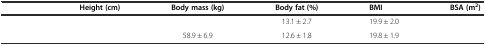
<table><thead><tr><td>[EMPTY_CELL]</td><td><b>Height (cm)</b></td><td><b>Body mass (kg)</b></td><td><b>Body fat (%)</b></td><td><b>BMI</b></td><td><b>BSA (m<sup>2</sup>)</b></td></tr></thead><tbody><tr><td>[EMPTY_CELL]</td><td>[EMPTY_CELL]</td><td>[EMPTY_CELL]</td><td>13.1 ± 2.7</td><td>19.9 ± 2.0</td><td>[EMPTY_CELL]</td></tr><tr><td>[EMPTY_CELL]</td><td>[EMPTY_CELL]</td><td>58.9 ± 6.9</td><td>12.6 ± 1.8</td><td>19.8 ± 1.9</td><td>[EMPTY_CELL]</td></tr></tbody></table>